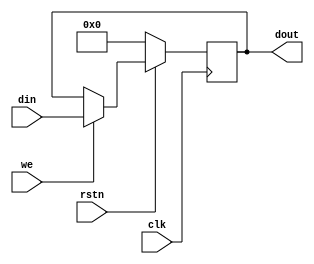
module register#(
    parameter WIDTH = 32
    )(
    input clk, rstn, we,
    input [WIDTH-1:0] din,
    output reg [WIDTH-1:0] dout
    );
    always @(posedge clk) begin
        if(!rstn) dout <= 0;
        else if(we) dout <= din;
    end
endmodule